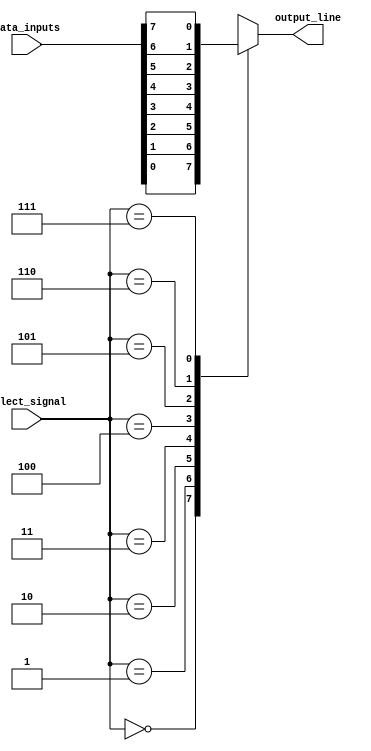
module mux_8_1 (
    input [7:0] data_inputs,
    input [2:0] select_signal,
    output reg output_line
);

always @* begin
    case (select_signal)
        3'b000: output_line = data_inputs[0];
        3'b001: output_line = data_inputs[1];
        3'b010: output_line = data_inputs[2];
        3'b011: output_line = data_inputs[3];
        3'b100: output_line = data_inputs[4];
        3'b101: output_line = data_inputs[5];
        3'b110: output_line = data_inputs[6];
        3'b111: output_line = data_inputs[7];
        default: output_line = 1'b0; // Default output
    endcase
end

endmodule